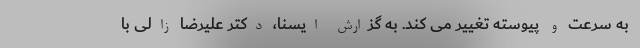
به سرعت و پیوسته تغییر می کند. به گزارش ایسنا، دکتر علیرضا زالی با